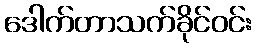
ဒေါက်တာသက်ခိုင်ဝင်း